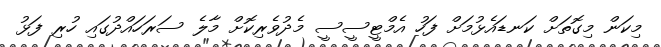
މިކަން މިގޮތަށް ކަނޑައެޅުމަށް ފަހު އެމްޓީސީސީ މެދުވެރިކޮށް މާލެ ސަރަހައްދުގައި ހުރި ފަޅު